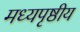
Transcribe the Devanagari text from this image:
मध्यपृष्ठीय